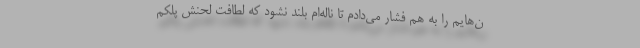
ن‌هایم را به هم فشار می‌دادم تا ناله‌ام بلند نشود که لطافت لحنش پلکم